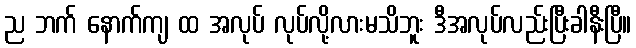
ည ဘက် နောက်ကျ ထ အလုပ် လုပ်လို့လားမသိဘူး ဒီအလုပ်လည်းပြီးခါနီးပြီ။